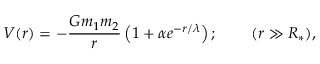
V ( r ) = - \frac { G m _ { 1 } m _ { 2 } } { r } \left( 1 + \alpha e ^ { - r / \lambda } \right) ; \phantom { s p a c e } ( r \gg R _ { * } ) ,